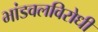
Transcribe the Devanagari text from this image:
भांडवलविरोधी